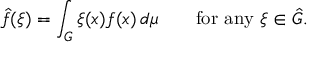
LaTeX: { \hat { f } } ( \xi ) = \int _ { G } \xi ( x ) f ( x ) \, d \mu \qquad { \mathrm { f o r ~ a n y ~ } } \xi \in { \hat { G } } .